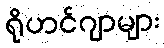
ရိုဟင်ဂျာများ